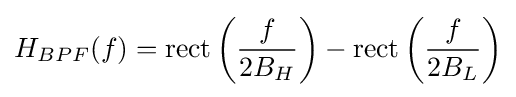
H_{BPF}(f)=\operatorname {rect} \left({\frac {f}{2B_{H}}}\right)-\operatorname {rect} \left({\frac {f}{2B_{L}}}\right)